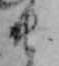
ま